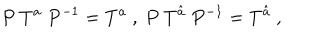
P ~ T ^ { a } ~ P ^ { - 1 } = T ^ { a } ~ , ~ P ~ T ^ { \hat { a } } ~ P ^ { - 1 } = T ^ { \hat { a } } ~ , ~ \,